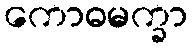
ကောဓမက္ခာ